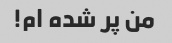
من پر شده ام!